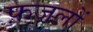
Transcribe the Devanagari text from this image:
फ़ज़लों